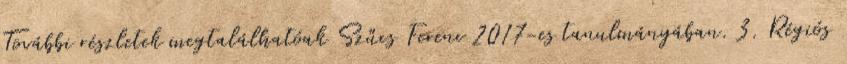
További részletek megtalálhatóak Szűcs Ferenc 2017-es tanulmányában. 3. Régiós